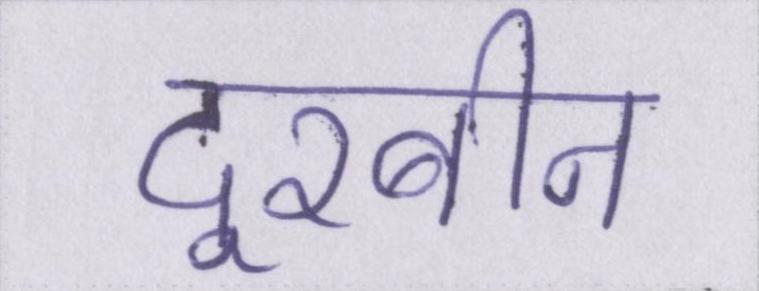
दूरबीन